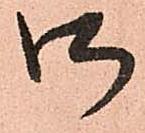
御